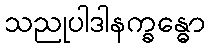
သညုပါဒါနက္ခန္ဓော